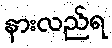
နားလည်ရ